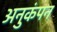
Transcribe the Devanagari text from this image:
अनुकंपन